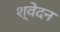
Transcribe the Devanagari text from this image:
श्वेदन